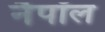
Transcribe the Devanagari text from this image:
नैपॉल